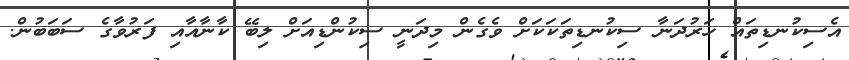
އެސިކުނޑިތައް ހަރުދަނާ ސިކުނޑިތަކަކަށް ވެގެން މިދަނީ ސިކުންޑިއަށް ލިބޭ ކާނާއާއި ފަރުވާގެ ސަބަބުން.